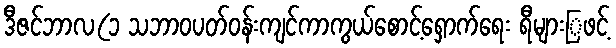
ဒီဇင်ဘာလ(၁ သဘာဝပတ်ဝန်းကျင်ကာကွယ်စောင့်ရှောက်ရေး ရီများြဖင့်